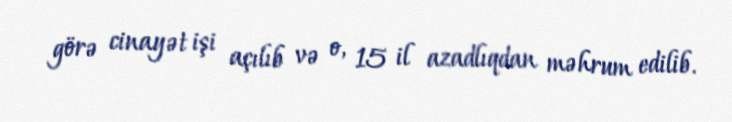
görə cinayət işi açılıb və o, 15 il azadlıqdan məhrum edilib.